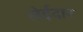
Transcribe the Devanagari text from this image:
लेईदार